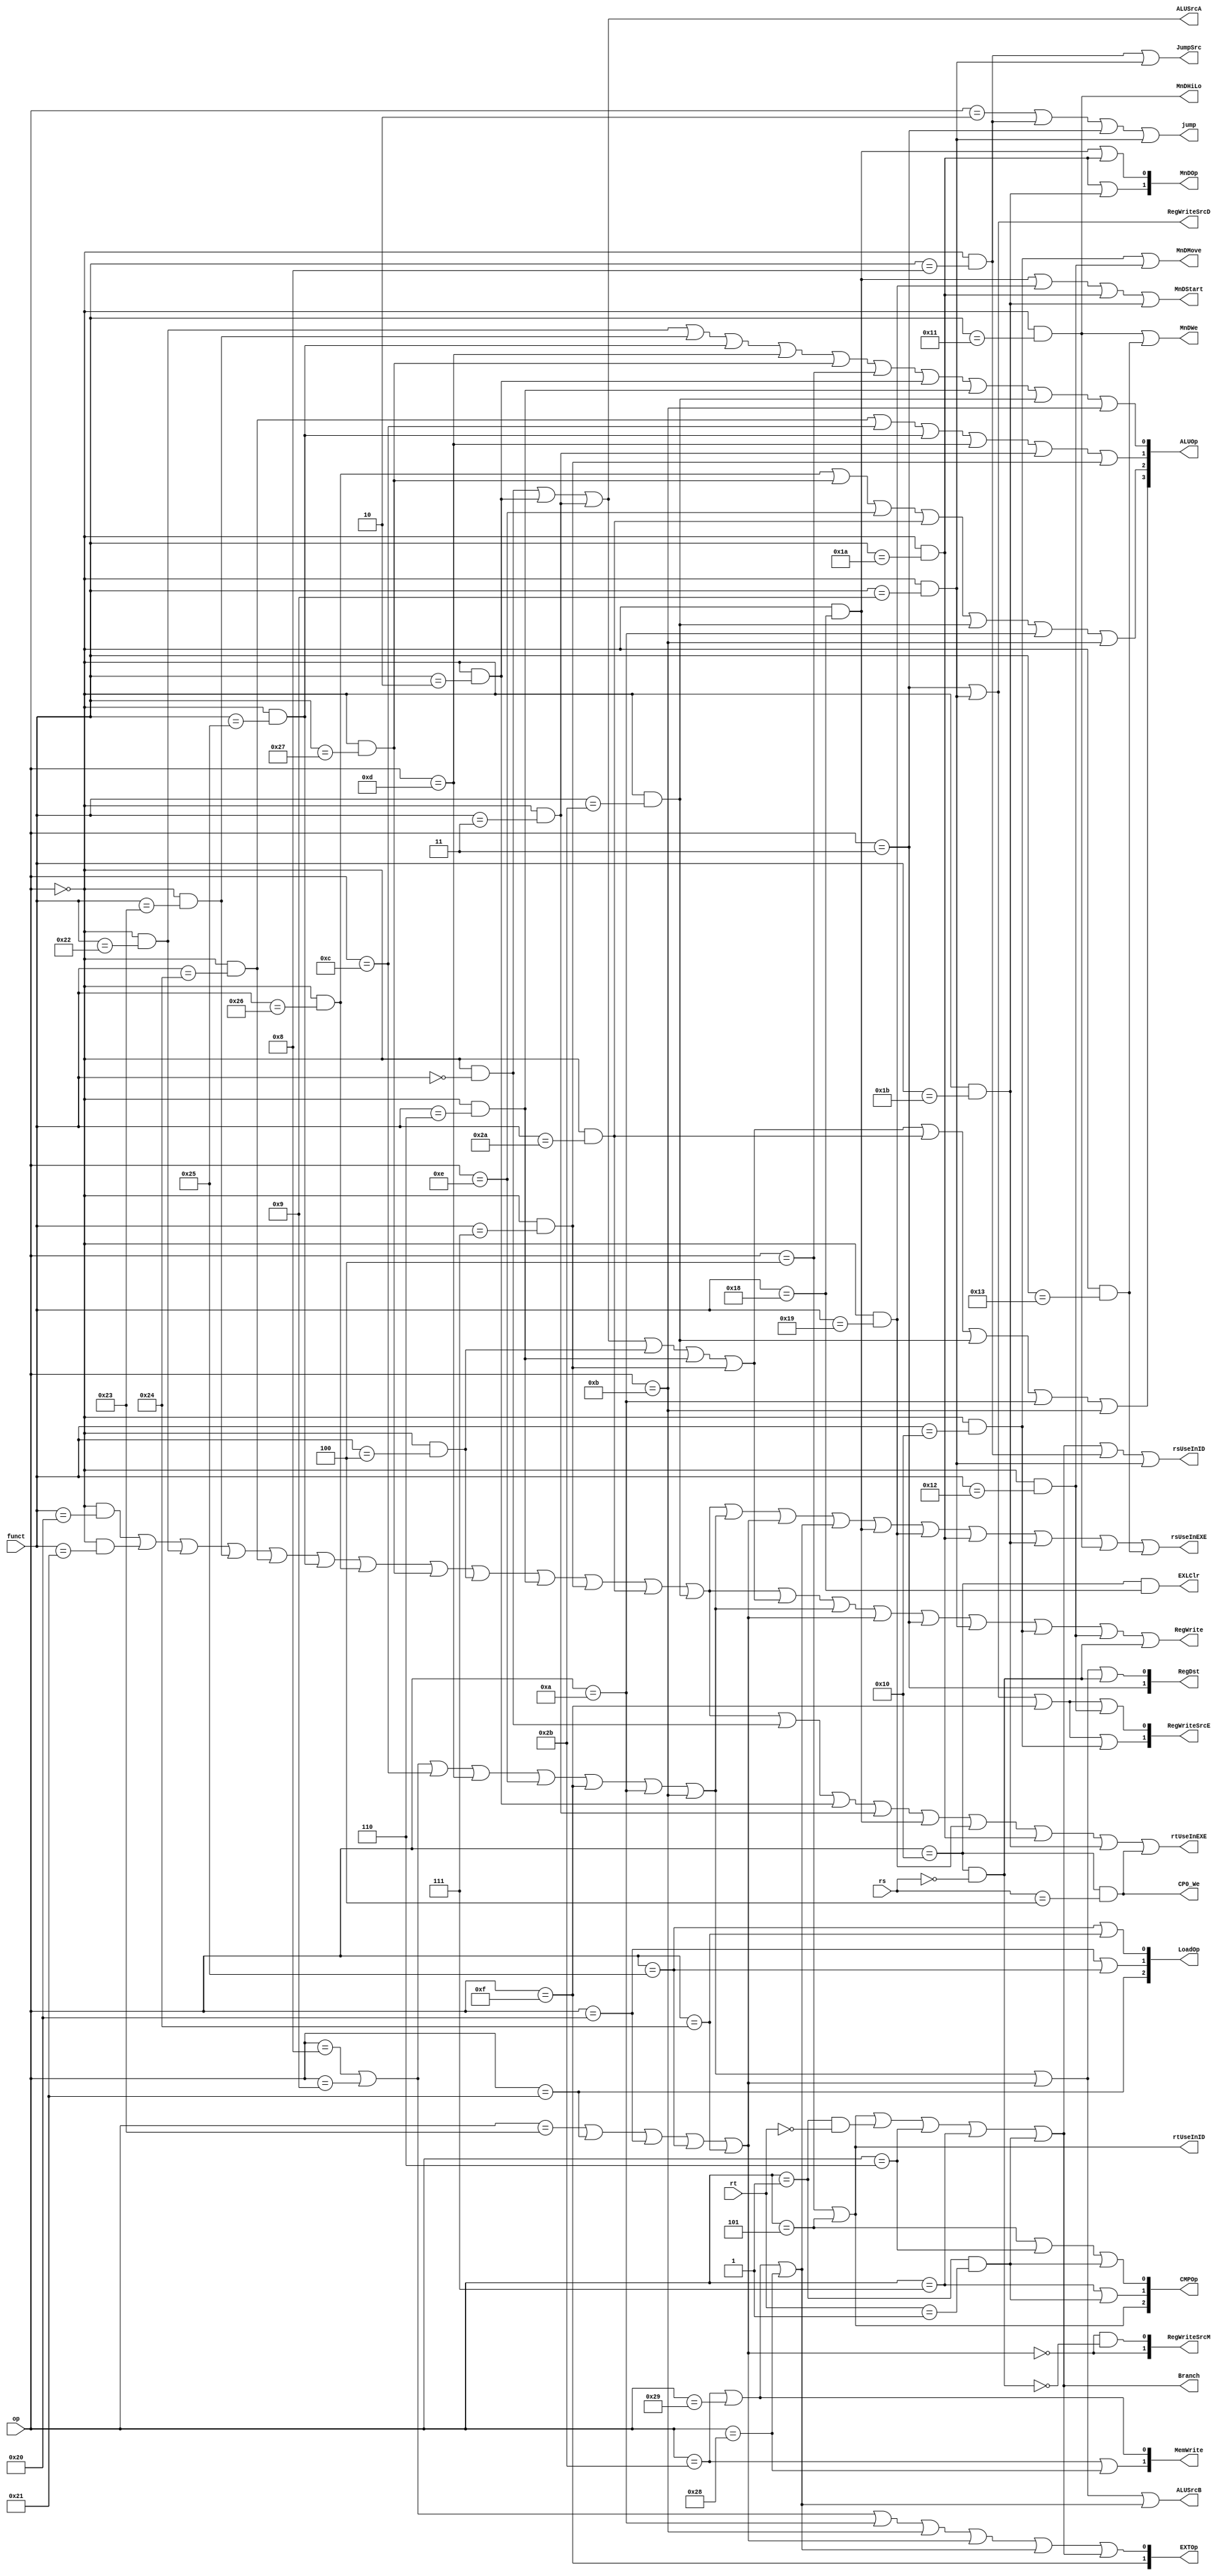
`timescale 1ns / 1ps
//////////////////////////////////////////////////////////////////////////////////
// Company: 
// Engineer: 
// 
// Design Name: 
// Module Name:    controller 
// Project Name: 
// Target Devices: 
// Tool versions: 
// Description: 
//
// Dependencies: 
//
// Revision: 
// Revision 0.01 - File Created
// Additional Comments: 
//
//////////////////////////////////////////////////////////////////////////////////
module Controller(/*autoport*/
//output
			RegWrite,
			jump,
			JumpSrc,
			RegWriteSrcD,
			RegWriteSrcE,
			RegWriteSrcM,
			Branch,
			CMPOp,
			MemWrite,
			LoadOp,
			ALUOp,
			ALUSrcB,
			ALUSrcA,
			RegDst,
			EXTOp,
			rsUseInID,
			rsUseInEXE,
			rtUseInID,
			rtUseInEXE,
			MnDOp,
			MnDWe,
			MnDStart,
			MnDHiLo,
			MnDMove,
			EXLClr,
			CP0_We,
//input
			op,
			funct,
			rs,
			rt);
	input [5:0] op,funct;
	input [4:0] rs,rt;

	output RegWrite,jump,JumpSrc;
	output RegWriteSrcD;
	output [1:0] RegWriteSrcE;
	output [1:0] RegWriteSrcM;

	output Branch;
	output [2:0] CMPOp;

	output [1:0] MemWrite;
	output [2:0] LoadOp;

	output [3:0] ALUOp;
	output ALUSrcB,ALUSrcA;
	output [1:0] RegDst,EXTOp;

	output rsUseInID,rsUseInEXE;
	output rtUseInID,rtUseInEXE;

	output [1:0] MnDOp;
	output MnDWe,MnDStart,MnDHiLo,MnDMove;

	output EXLClr,CP0_We;
	
	wire R,add,addu,sub,subu,And,Or,Xor,Nor,sll,srl,sra,sllv,srlv,srav,slt,sltu,jr,jalr;
	wire R_Shift,R_Arithmetic;
	wire addi,addiu,andi,ori,xori,lui,slti,sltiu,I_Arithmetic;
	wire lw,lh,lb,lhu,lbu,Load;
	wire sw,sh,sb,Store;
	wire beq,bne,bltz,blez,bgtz,bgez,branch,REGIMM;
	wire j,jal;
	wire mult,multu,div,divu,mfhi,mflo,mthi,mtlo;
	wire COP0,eret,mfc0,mtc0;

	
	//R type
	assign R    =(op==6'b000000);
	//R arithmetic and logic
	assign add  =R&(funct==6'b100000);
	assign addu =R&(funct==6'b100001);
	assign sub  =R&(funct==6'b100010);
	assign subu =R&(funct==6'b100011); 
	assign And  =R&(funct==6'b100100);
	assign Or   =R&(funct==6'b100101);
	assign Xor  =R&(funct==6'b100110);
	assign Nor  =R&(funct==6'b100111);

	assign sll  =R&(funct==6'b000000);
	assign srl  =R&(funct==6'b000010);
	assign sra  =R&(funct==6'b000011);
	assign sllv =R&(funct==6'b000100);
	assign srlv =R&(funct==6'b000110);
	assign srav =R&(funct==6'b000111);

	assign slt  =R&(funct==6'b101010);	
	assign sltu =R&(funct==6'b101011);

	assign mult =R&(funct==6'b011000);
	assign multu=R&(funct==6'b011001);
	assign div  =R&(funct==6'b011010);
	assign divu =R&(funct==6'b011011);
	assign mfhi =R&(funct==6'b010000);
	assign mflo =R&(funct==6'b010010);
	assign mthi =R&(funct==6'b010001);
	assign mtlo =R&(funct==6'b010011);

	assign R_Shift=sll|srl|sra|sllv|srlv|srav;
	assign R_Arithmetic=add|addu|sub|subu|And|Or|Xor|Nor|sllv|srlv|srav|slt|sltu;
	//jump
	assign jr   =R&(funct==6'b001000);
	assign jalr =R&(funct==6'b001001);
	//others

	//I arithmetic and logic
	assign addi =(op==6'b001000);
	assign addiu=(op==6'b001001);
	assign andi =(op==6'b001100);
	assign ori  =(op==6'b001101);
	assign xori =(op==6'b001110);
	assign lui  =(op==6'b001111);
	assign slti =(op==6'b001010);
	assign sltiu=(op==6'b001011);

	assign I_Arithmetic=addi|addiu|andi|ori|xori|lui|slti|sltiu;
	//load and store
	assign lw   =(op==6'b100011);
	assign lh   =(op==6'b100001);
	assign lb   =(op==6'b100000);
	assign lhu  =(op==6'b100101);
	assign lbu  =(op==6'b100100);
	assign sw   =(op==6'b101011);
	assign sh   =(op==6'b101001);
	assign sb   =(op==6'b101000);

	assign Load=lw|lh|lb|lhu|lbu;
	assign Store=sw|sh|sb;
	//branch
	assign REGIMM=(op==6'b000001);
	assign beq  =(op==6'b000100);
	assign bne  =(op==6'b000101);
	assign bltz =REGIMM&(rt==5'b00000);
	assign blez =(op==6'b000110);
	assign bgtz =(op==6'b000111);
	assign bgez =REGIMM&(rt==5'b00001);
	assign branch=beq|bne|bltz|blez|bgtz|bgez;
	//jump
	assign j    =(op==6'b000010);
	assign jal  =(op==6'b000011);

	//C0
	assign COP0 =(op==6'b010000);
	assign eret =COP0&(funct==6'b011000);
	assign mfc0 =COP0&(rs==5'b00000);
	assign mtc0 =COP0&(rs==5'b00100);
	


	//Control Signal
	assign RegDst[1]=jal;
	assign RegDst[0]=I_Arithmetic|Load|mfc0;

	assign RegWrite=R_Arithmetic|R_Shift|I_Arithmetic|Load|jal|jalr|mfhi|mflo|mfc0;

	assign ALUSrcB=I_Arithmetic|Load|Store;
	assign ALUSrcA=sll|srl|sra;
	assign ALUOp[3]=R_Shift|slt|sltu|slti|sltiu;
	assign ALUOp[2]=Xor|Nor|xori|slt|sltu|slti|sltiu;
	assign ALUOp[1]=And|andi|Or|ori|sra|srav;
	assign ALUOp[0]=sub|subu|Or|ori|Nor|beq|srl|srlv|sltu|sltiu;

	assign EXTOp[1]=lui;
	assign EXTOp[0]=addi|addiu|slti|sltiu|Load|Store|branch;

	assign CMPOp[2]=beq|bne;
	assign CMPOp[1]=bgtz|bgez;
	assign CMPOp[0]=bne|blez|bgez;

	assign RegWriteSrcD=jal|jalr;
	assign RegWriteSrcE[1]=jal|jalr|lui|mfhi;
	assign RegWriteSrcE[0]=jal|jalr|lui|mflo;
	assign RegWriteSrcM[1]=~Load;
	assign RegWriteSrcM[0]=~Load&~mfc0;

	assign MemWrite[1]=sw|sb;
	assign MemWrite[0]=sw|sh;

	assign LoadOp[2]=lh;
	assign LoadOp[1]=lb|lhu;
	assign LoadOp[0]=lhu|lbu;

	assign Branch=branch;

	assign jump=j|jr|jal|jalr;
	assign JumpSrc=jr|jalr;
	
	assign rsUseInID=branch|jr|jalr;
	assign rtUseInID=beq|bne;
	assign rsUseInEXE=R_Arithmetic|I_Arithmetic|Load|Store|mult|multu|div|divu|mthi|mtlo;
	assign rtUseInEXE=R_Arithmetic|sll|srl|sra|mult|multu|div|divu|mtc0;

	assign MnDOp[1] = div|divu;
	assign MnDOp[0] = mult|div;
	assign MnDWe = mthi|mtlo;
	assign MnDStart = mult|multu|div|divu;
	assign MnDHiLo = mthi;
	assign MnDMove = mfhi|mflo;

	assign EXLClr = eret;
	assign CP0_We = mtc0;

endmodule